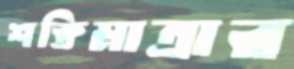
শক্তিমাত্রার